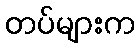
တပ်များက